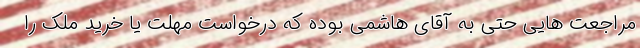
مراجعت هایی حتی به آقای هاشمی بوده که درخواست مهلت یا خرید ملک را